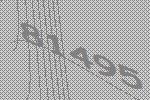
81495